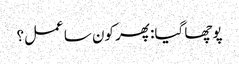
پوچھا گیا: پھر کون سا عمل؟